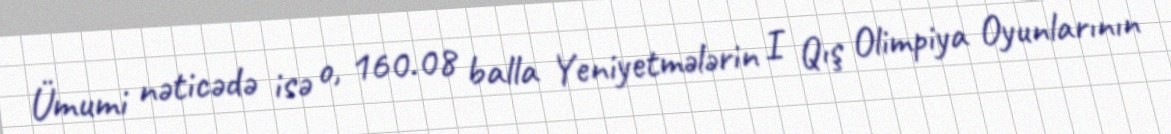
Ümumi nəticədə isə o, 160.08 balla Yeniyetmələrin I Qış Olimpiya Oyunlarının